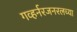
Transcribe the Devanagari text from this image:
गव्हर्नरजनरलच्या